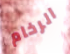
الرخام